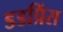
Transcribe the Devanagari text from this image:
डडप्रिंस